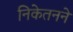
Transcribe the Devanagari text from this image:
निकेतनने